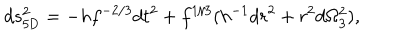
d s _ { \mathrm { 5 D } } ^ { 2 } = - h f ^ { - 2 / 3 } d t ^ { 2 } + f ^ { 1 / 3 } ( h ^ { - 1 } d r ^ { 2 } + r ^ { 2 } d \Omega _ { 3 } ^ { 2 } ) ,